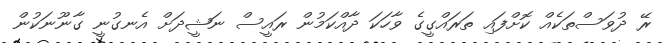
ރޭ ދުވަސްތަކެއް ކޮށްފައި ތަރައްގީގެ ވާހަކަ ދާއްކަމުން ރައީސް ނަޝީދަށް އެނގުނީ ގާނޫނަކުން